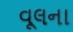
વૂલના